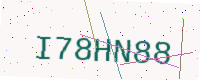
Text: I78HN88